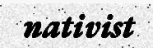
nativist